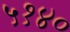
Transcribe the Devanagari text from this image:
५१४०